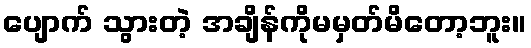
ပျောက် သွားတဲ့ အချိန်ကိုမမှတ်မိတော့ဘူး။